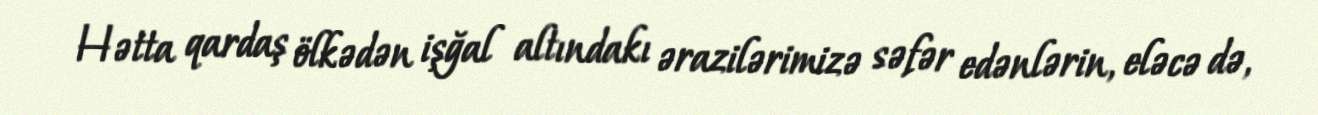
Hətta qardaş ölkədən işğal altındakı ərazilərimizə səfər edənlərin, eləcə də,